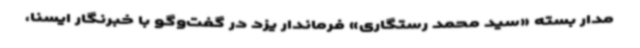
مدار بسته «سید محمد رستگاری» فرماندار یزد در گفت‌وگو با خبرنگار ایسنا،